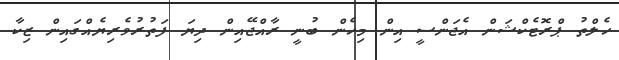
ހެލްތު ޕްރޮޓެކްޝަން އެޖަންސީ އިން މިހެން ބުނީ ރާއްޖޭއިން ދިޔަ ފަތުރުވެރިޔެއްގައިން ޒިކާ